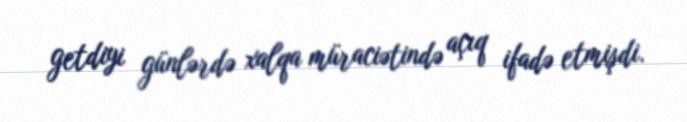
getdiyi günlərdə xalqa müraciətində açıq ifadə etmişdi.